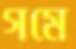
গমে